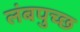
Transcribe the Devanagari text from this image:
लंबपुच्छ